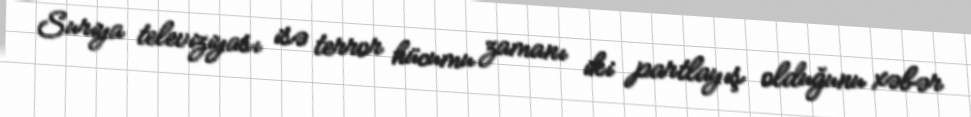
Suriya televiziyası isə terror hücumu zamanı iki partlayış olduğunu xəbər